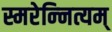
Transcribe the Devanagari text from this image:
स्मरेन्‍नित्यम्‌